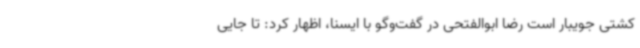
کشتی جویبار است رضا ابوالفتحی در گفت‌وگو با ایسنا، اظهار کرد: تا جایی